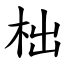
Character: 柮